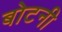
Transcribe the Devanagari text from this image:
बोटनी